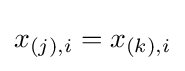
x_{(j),i}=x_{(k),i}